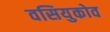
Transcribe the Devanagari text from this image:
वसियुकोव